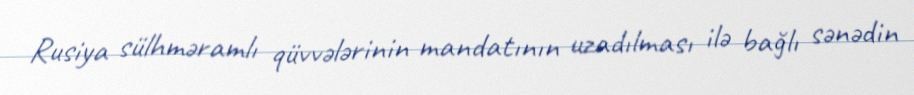
Rusiya sülhməramlı qüvvələrinin mandatının uzadılması ilə bağlı sənədin